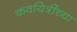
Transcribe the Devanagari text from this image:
कवयित्रींच्या